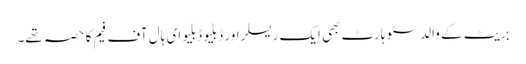
بریٹ کے والد سٹو ہارٹ بھی ایک ریسلر اور ڈبلیو ڈبلیو ای ہال آف فیم کا حصہ تھے۔